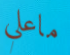
ماعلي